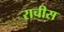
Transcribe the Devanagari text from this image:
राचीस